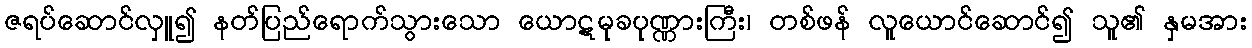
ဇရပ်ဆောင်လှူ၍ နတ်ပြည်ရောက်သွားသော ယောဋမုခပုဏ္ဏားကြီး၊ တစ်ဖန် လူယောင်ဆောင်၍ သူ၏ နှမအား